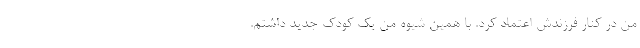
من در کنار فرزندش اعتماد کرد. با همین شیوه من یک کودک جدید داشتم.